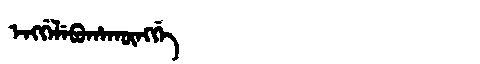
Manchu: ᡝᠩᡤᡝᠯᡝᠪᡠᡥᠠᡴᡡᠩᡤᡝ
Romanization: ENGGELEBUHAKŪNGGE